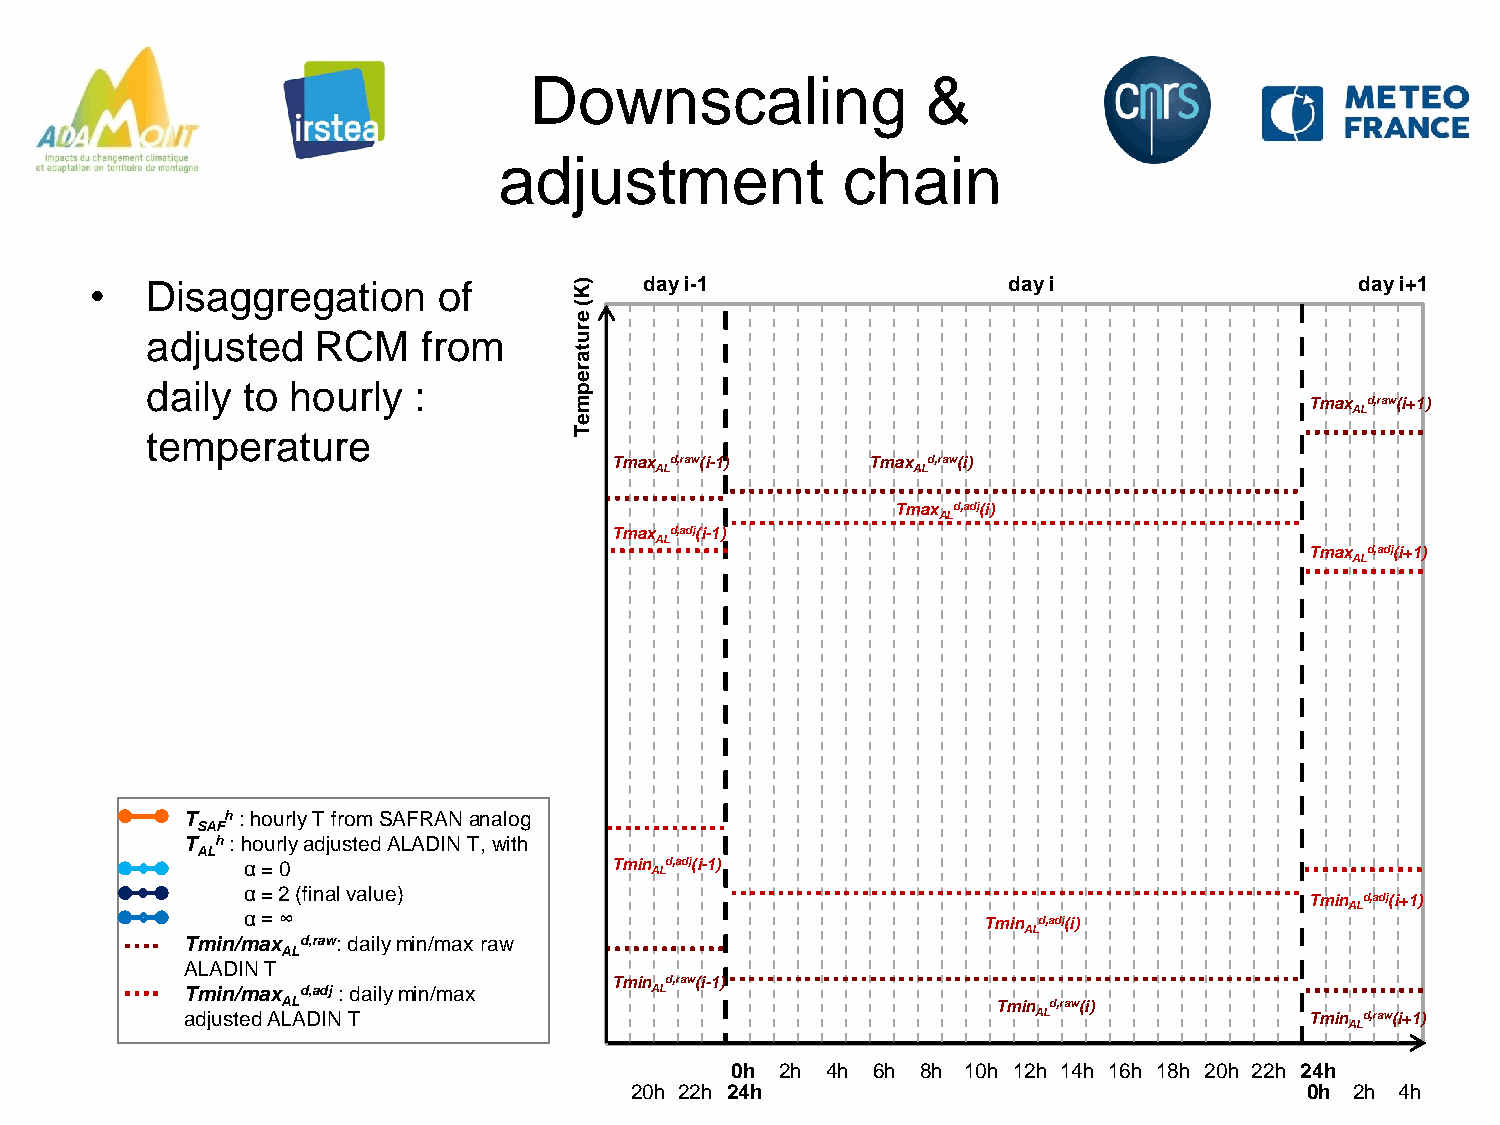
Downscaling               &
 adjustment             chain
 •   Disaggregation     of       ) K  day i-1                 day i                  day i+1
 e(
 adjusted   RCM    from      r u
 t
 a
 r
 e
 daily to hourly  :          p
 m                                                Tmax d,raw(i+1)
 AL
 e
 temperature                 T
 Tmax d,raw(i-1)   Tmax d,raw(i)
 AL               AL
 Tmax d,adj(i)
 AL
 Tmax d,adj(i-1)
 AL
 Tmax d,adj(i+1)
 AL
 T  h : hourly T from SAFRAN analog
 SAF
 T h : hourly adjusted ALADIN T, with
 AL
 α = 0                   Tmin ALd,adj(i-1)
 α = 2 (final value)
 Tmin d,adj(i+1)
 AL
 α = ∞                                            Tmin d,adj(i)
 AL
 Tmin/max d,raw: daily min/max raw
 AL
 ALADIN T
 Tmin d,raw(i-1)
 Tmin/max d,adj : daily min/max AL
 AL                                             Tmin d,raw(i)
 adjusted ALADIN T                                        AL                Tmin d,raw(i+1)
 AL
 0h  2h 4h 6h 8h 10h 12h 14h 16h 18h 20h 22h 24h
 20h 22h 24h                                  0h 2h 4h